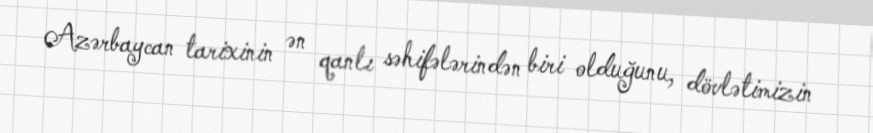
Azərbaycan tarixinin ən qanlı səhifələrindən biri olduğunu, dövlətimizin